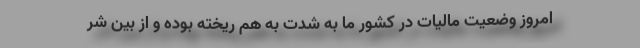
امروز وضعیت مالیات در کشور ما به شدت به هم ریخته بوده و از بین شر